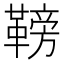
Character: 䩷